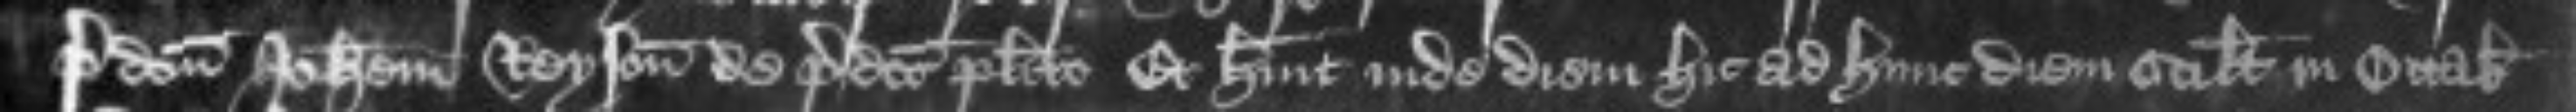
predictum Johannem Reyson de predicto placito Et habuit inde diem hic ad hunc diem scilicet in Octabis